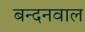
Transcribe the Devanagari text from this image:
बन्दनवाल